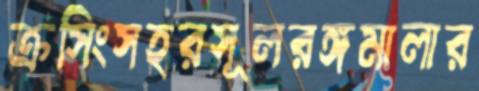
ক্রসিংসহরসূলরঙ্গমালার